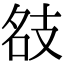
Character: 𢻇